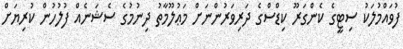
ފުވައްމުލަކު ސިޓީގެ ކެންގަރޫ ކިޑްސްގެ ދަރިވަރުންނަށް މަޢުލޫމާތު ދިނުމުގެ ސެޝަނެއް ފުލުހުން ކުރިޔަށް